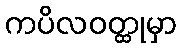
ကပိလဝတ္ထုမှာ